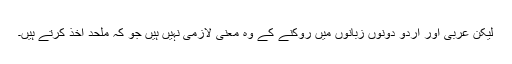
لیکن عربی اور اردو دونوں زبانوں میں روکنے کے وہ معنی لازمی نہیں ہیں جو کہ ملحد اخذ کرتے ہیں۔